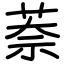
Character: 萘